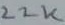
Text: 22K